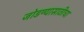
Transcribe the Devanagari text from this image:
जोडण्यासाठीचा